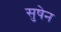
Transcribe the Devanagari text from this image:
सुषेन